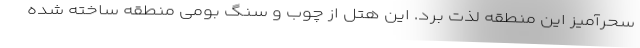
سحرآمیز این منطقه لذت برد. این هتل از چوب و سنگ بومی منطقه ساخته شده